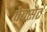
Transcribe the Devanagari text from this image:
वेबसैट